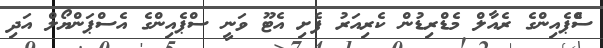
ސްެޕެއިންގެ ރެއާލް މެޑްރިޑުން ކެރިއަރު ފެށި އެޓޫ ވަނީ ސްޕެއިންގެ އެސްޕަންޔޯލް އަދި